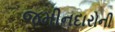
જમીનદારોની